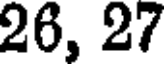
26, 27